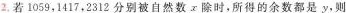
2.若1059，1417，2312分别被自然数x除时，所得的余数都是y，则